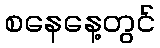
စနေနေ့တွင်